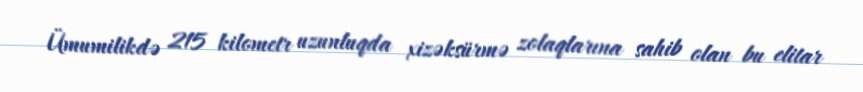
Ümumilikdə 215 kilometr uzunluqda xizəksürmə zolaqlarına sahib olan bu elitar